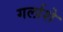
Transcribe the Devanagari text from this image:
गर्लाशे